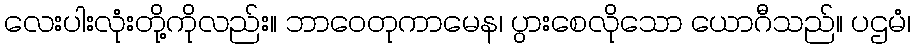
လေးပါးလုံးတို့ကိုလည်း။ ဘာဝေတုကာမေန၊ ပွားစေလိုသော ယောဂီသည်။ ပဌမံ၊